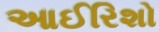
આઈરિશો